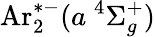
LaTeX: \mathrm{Ar}_{2}^{*-}(a\ ^{4}\Sigma_{g}^{+})